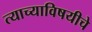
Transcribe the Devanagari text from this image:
त्याच्याविषयीचे